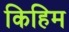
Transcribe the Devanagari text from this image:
किहिम